Vaccination in Bombay 1889-1901 - 1889-1901
Year: 1889
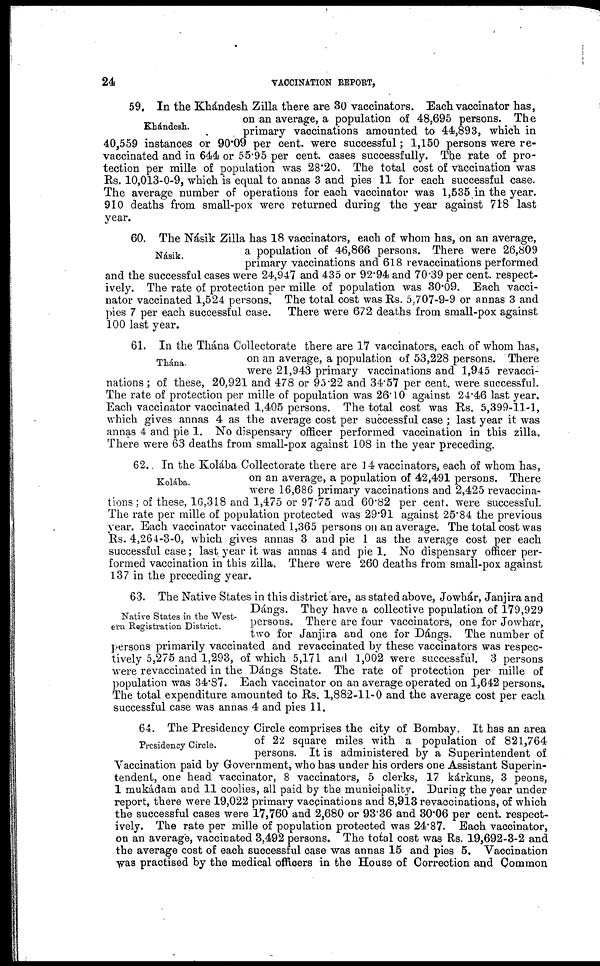
24
VACCINATION REPORT,
Khándesh.
59. In the Khándesh Zilla there are 30 vaccinators. Each vaccinator has,
on an average, a population of 48,695 persons. The
primary vaccinations amounted to 44,893, which in
40,559 instances or 90.09 per cent. were successful; 1,150 persons were re-
vaccinated and in 644 or 55.95 per cent. cases successfully. The rate of pro-
tection per mille of population was 28.20. The total cost of vaccination was
Rs. 10,013-0-9, which is equal to annas 3 and pies 11 for each successful case.
The average number of operations for each vaccinator was 1,535 in the year.
910 deaths from small-pox were returned during the year against 718 last
year.
Násik.
60. The Násik Zilla has 18 vaccinators, each of whom has, on an average,
a population of 46,866 persons. There were 26,809
primary vaccinations and 618 revaccinations performed
and the successful cases were 24,947 and 435 or 92.94 and 70.39 per cent. respect-
ively. The rate of protection per mille of population was 30.09. Each vacci-
nator vaccinated 1,524 persons. The total cost was Rs. 5,707-9-9 or annas 3 and
pies 7 per each successful case. There were 672 deaths from small-pox against
100 last year.
Thána.
Kolába.
61. In the Thána Collectorate there are 17 vaccinators, each of whom has,
on an average, a population of 53,228 persons. There
were 21,943 primary vaccinations and 1,945 revacci-
nations ; of these, 20,921 and 478 or 95.22 and 34.57 per cent. were successful.
The rate of protection per mille of population was 26.10 against 24.46 last year.
Each vaccinator vaccinated 1,405 persons. The total cost was Rs. 5,399-11-1,
which gives annas 4 as the average cost per successful case ; last year it was
annas 4 and pie 1. No dispensary officer performed vaccination in this zilla.
There were 63 deaths from small-pox against 108 in the year preceding.
62.. In the Kolába Collectorate there are 14 vaccinators, each of whom has,
on an average, a population of 42,491 persons. There
were 16,686 primary vaccinations and 2,425 revaccina-
tions ; of these, 16,318 and 1,475 or 97.75 and 60.82 per cent. were successful.
The rate per mille of population protected was 29.91 against 25.84 the previous
year. Each vaccinator vaccinated 1,365 persons on an average. The total cost was
Rs. 4,264-3-0, which gives annas 3 and pie 1 as the average cost per each
successful case; last year it was annas 4 and pie 1. No dispensary officer per-
formed vaccination in this zilla. There were 260 deaths from small-pox against
137 in the preceding year.
Native States in the West-
ern Registration District.
63. The Native States in this district are, as stated above, Jowhár, Janjira and
Dángs. They have a collective population of 179,929
persons. There are four vaccinators, one for Jowhár,
two for Janjira and one for Dángs. The number of
persons primarily vaccinated and revaccinated by these vaccinators was respec-
tively 5,275 and 1,293, of which 5,171 and 1,002 were successful. 3 persons
were revaccinated in the Dángs State. The rate of protection per mille of
population was 34.87. Each vaccinator on an average operated on 1,642 persons.
The total expenditure amounted to Rs. 1,882-11-0 and the average cost per each
successful case was annas 4 and pies 11.
Presidency Circle.
64. The Presidency Circle comprises the city of Bombay. It has an area
of 22 square miles with a population of 821,764
persons. It is administered by a Superintendent of
Vaccination paid by Government, who has under his orders one Assistant Superin-
tendent, one head vaccinator, 8 vaccinators, 5 clerks, 17 kárkuns, 3 peons,
1 mukádam and 11 coolies, all paid by the municipality. During the year under
report, there were 19,022 primary vaccinations and 8,913 revaccinations, of which
the successful cases were 17,760 and 2,680 or 93.36 and 30.06 per cent. respect-
ively. The rate per mille of population protected was 24.87. Each vaccinator,
on an average, vaccinated 3,492 persons. The total cost was Rs. 19,692-3-2 and
the average cost of each successful case was annas 15 and pies 5. Vaccination
was practised by the medical officers in the House of Correction and Common